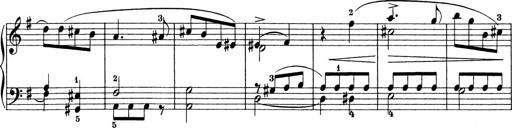
Title: Sonatinen Op.47, 98 und 136, nebst 6 Liedersonatinen
Composer: Carl Reinecke